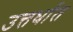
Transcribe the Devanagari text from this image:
उत्तर्धात